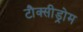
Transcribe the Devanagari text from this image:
टौक्सीड्रोम